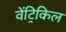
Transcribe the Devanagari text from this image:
वेंट्रिकिल